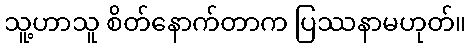
သူ့ဟာသူ စိတ်နောက်တာက ပြဿနာမဟုတ်။